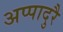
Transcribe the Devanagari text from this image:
अप्पादुरै